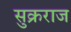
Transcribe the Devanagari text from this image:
सुक्रराज